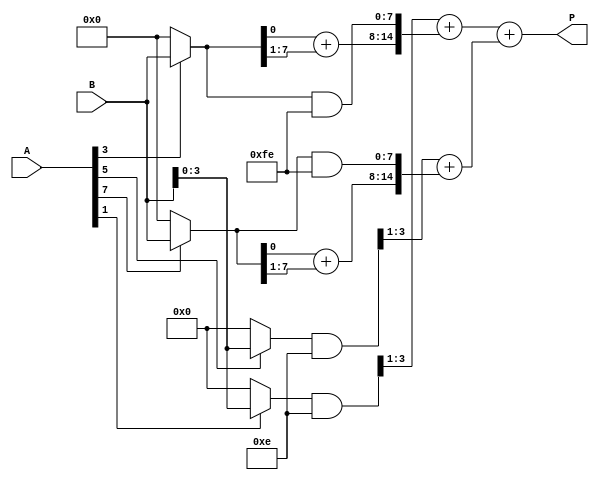
module scalable_wallace_tree_multiplier #(parameter WIDTH = 8) (
    input  wire [WIDTH-1:0] A,    // First operand
    input  wire [WIDTH-1:0] B,    // Second operand
    output wire [2*WIDTH-1:0] P   // Product output
);

    // Generate Partial Products
    wire [WIDTH-1:0] pp[WIDTH-1:0]; // Partial products
    genvar i, j;
    
    generate
        for (i = 0; i < WIDTH; i = i + 1) begin : partial_product_gen
            assign pp[i] = (A[i] ? B : 0);
        end
    endgenerate

    // Wallace Tree Reduction
    wire [2*WIDTH-1:0] level1[WIDTH/2-1:0]; 
    wire [2*WIDTH-1:0] level2[WIDTH/4-1:0];
    wire [2*WIDTH-1:0] final_sum;

    // Level 1 Reduction
    generate
        for (i = 0; i < WIDTH/2; i = i + 1) begin : level1_reduction
            if (i == WIDTH/2 - 1 && WIDTH % 2 == 1) begin
                assign level1[i] = pp[2*i] + pp[2*i + 1];
            end else begin
                wire [2:0] temp = {1'b0, pp[2*i][0], pp[2*i + 1][0]};
                assign level1[i] = {temp[0] + pp[2*i + 1][1:WIDTH-1], pp[2*i + 1] & {{WIDTH-1{1'b1}}, 1'b0}};
            end
        end
    endgenerate

    // Level 2 Reduction
    generate
        for (i = 0; i < WIDTH/4; i = i + 1) begin : level2_reduction
            wire [2:0] temp;
            assign temp = {1'b0, level1[2*i][1:WIDTH-1]};
            assign level2[i] = temp + level1[2*i + 1];
        end
    endgenerate

    // Final Sum
    generate
        assign final_sum = (WIDTH < 4) ? level1[0]
                    : (WIDTH < 8) ? level2[0]
                    : (WIDTH < 16) ? level2[0] + level2[1]
                    : {1'b0, level2[0] + level2[1]} + level2[2];
    endgenerate

    // Result assignment
    assign P = final_sum;

endmodule